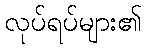
လုပ်ရပ်များ၏